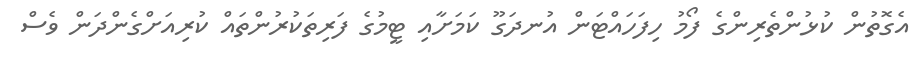
އެގޮތުން ކުޅުންތެރިންގެ ފޯމު ހިފަހައްޓަން އުނދަގޫ ކަމަށާއި ޓީމުގެ ފަރިތަކުރުންތައް ކުރިއަށްގެންދަން ވެސް